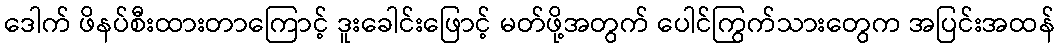
ဒေါက် ဖိနပ်စီးထားတာကြောင့် ဒူးခေါင်းဖြောင့် မတ်ဖို့အတွက် ပေါင်ကြွက်သားတွေက အပြင်းအထန်